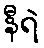
နီရဲ